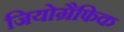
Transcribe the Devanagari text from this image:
जियोग्रैफिक